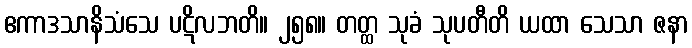
ဧကာဒသာနိသံသေ ပဋိလဘတိ။ ၂၅၈။ တတ္ထ သုခံ သုပတီတိ ယထာ သေသာ ဇနာ